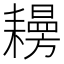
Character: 𦔨